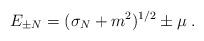
LaTeX: \begin{align*}E_{\pm N}=(\sigma_N+m^2)^{1/2}\pm \mu\;.\end{align*}